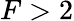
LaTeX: F>2